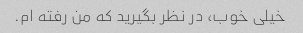
خیلی خوب، در نظر بگیرید که من رفته ام.